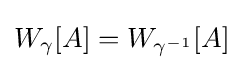
W_{\gamma }[A]=W_{\gamma ^{-1}}[A]